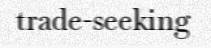
trade-seeking